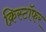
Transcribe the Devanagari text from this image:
क्रिस्टॉफर